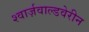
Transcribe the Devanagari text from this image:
श्वार्ज़वाल्डवेरीन